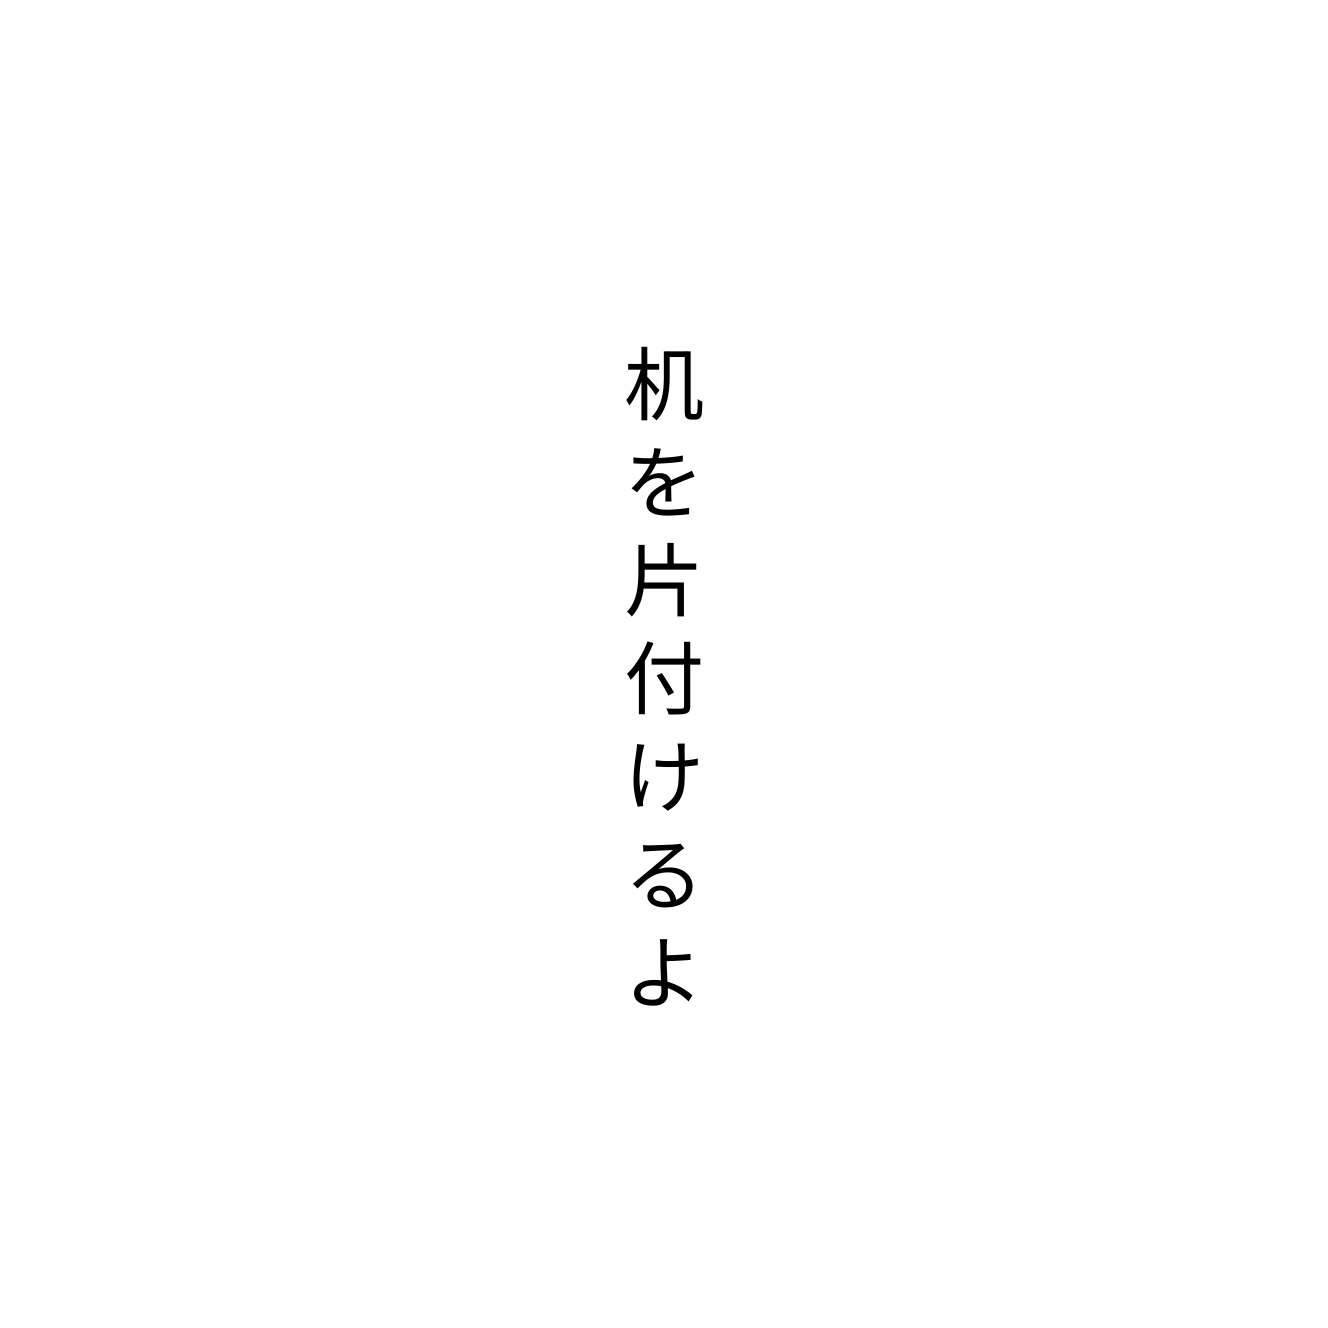
机を片付けるよ